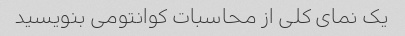
یک نمای کلی از محاسبات کوانتومی بنویسید